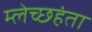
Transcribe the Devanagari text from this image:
म्लेच्छहंता